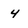
Character: 4